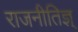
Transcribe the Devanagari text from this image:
राजनीतिज्ञ्